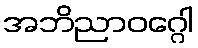
အဘိညာဝဂ္ဂေါ